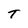
Character: T